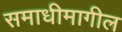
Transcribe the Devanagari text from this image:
समाधीमागील